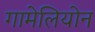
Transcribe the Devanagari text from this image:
गामेलियोन